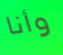
وأنا